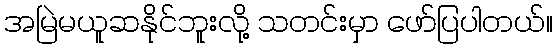
အမြဲမယူဆနိုင်ဘူးလို့ သတင်းမှာ ဖော်ပြပါတယ်။